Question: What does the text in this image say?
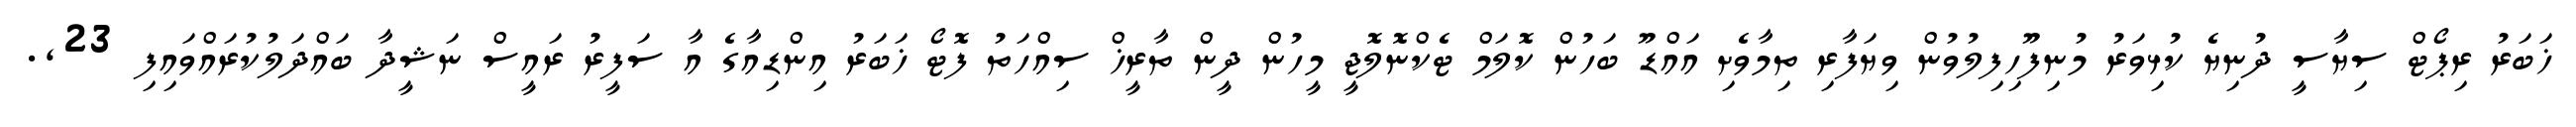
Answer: ޚަބަރު ރިޕޯޓް ސިޔާސީ ދުނިޔެ ކުޅިވަރު މުނިފޫހިފިލުވުން ވިޔަފާރި ތިމާވެށި އައްޑޫ ބަހުން ކޮލަމް ޓެކްނޮލޮޖީ މީހުން ދީން ތާރީޚް ސިއްހަތު ފޮޓޯ ޚަބަރު އިންޑިއާގެ އާ ސަފީރު ރައީސް ނަޝީދާ ބައްދަލުކުރައްވައިފި 23,.